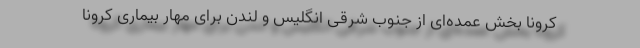
کرونا بخش عمده‌ای از جنوب شرقی انگلیس و لندن برای مهار بیماری کرونا